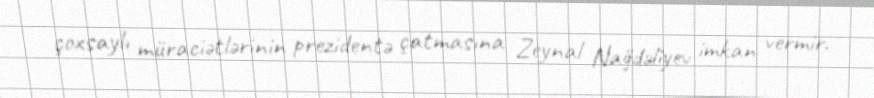
çoxsaylı müraciətlərinin prezidentə çatmasına Zeynal Nağdəliyev imkan vermir.